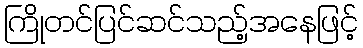
ကြိုတင်ပြင်ဆင်သည့်အနေဖြင့်